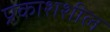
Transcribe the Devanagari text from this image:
प्रकाशशील